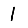
Digit: 1